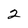
Character: 2